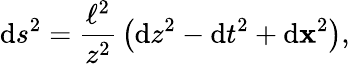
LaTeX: \mathrm{d}s^{2}={\frac{{\ell^{2}}}{{z^{2}}}}\left(\mathrm{d}z^{2}-\mathrm{d}t^{2}+\mathrm{d}{\mathbf{x}}^{2}\right),